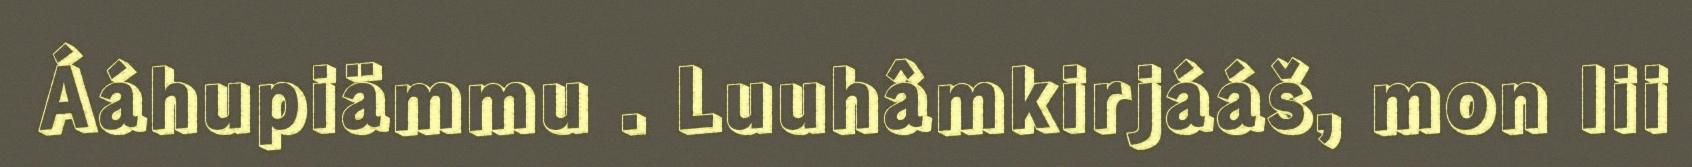
Ááhupiämmu . Luuhâmkirjááš, mon lii